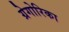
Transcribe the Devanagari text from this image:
ग्रेगोरिका